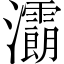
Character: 𤅉